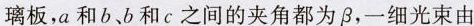
璃板，a和b、b和c之间的夹角都为\beta ，一细光束由